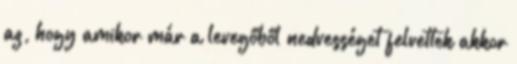
az, hogy amikor már a levegőből nedvességet felvettek akkor